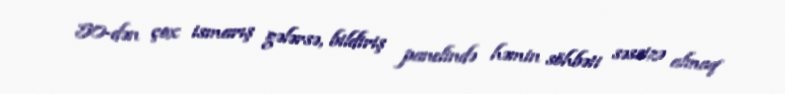
50-dən çox ismarış gələrsə, bildiriş panelində həmin söhbəti səssizə almaq